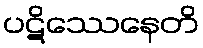
ပဋိဿေနေတိ